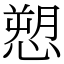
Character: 愬